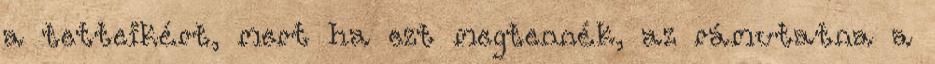
a tetteikért, mert ha ezt megtennék, az rámutatna a